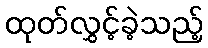
ထုတ်လွှင့်ခဲ့သည့်